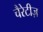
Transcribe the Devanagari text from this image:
चैरेटीज़